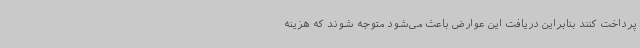
پرداخت کنند بنابراین دریافت این عوارض باعث می‌شود متوجه ‌شوند که هزینه